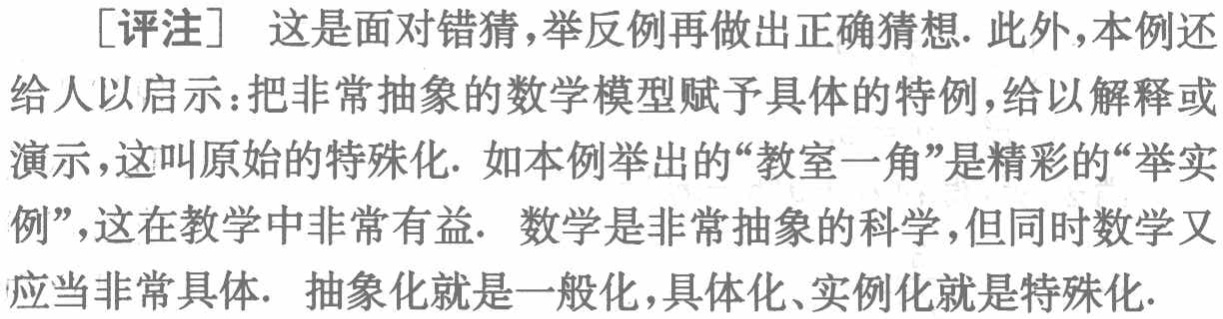
[评注] 这是面对错猜,举反例再做出正确猜想. 此外,本例还
给人以启示：把非常抽象的数学模型赋予具体的特例,给以解释或
演示,这叫原始的特殊化. 如本例举出的“教室一角”是精彩的“举实
例”,这在教学中非常有益.  数学是非常抽象的科学,但同时数学又
应当非常具体.  抽象化就是一般化,具体化、实例化就是特殊化.